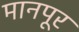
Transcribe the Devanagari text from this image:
मानपूर